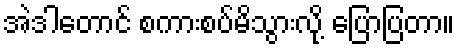
အဲဒါတောင် စကားစပ်မိသွားလို့ ပြောပြတာ။